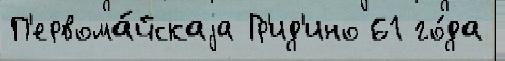
П'ервома́йскаjа Гр'ид'ино 61 го́да